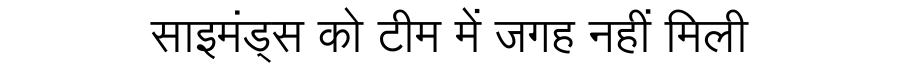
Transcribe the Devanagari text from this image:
साइमंड्स को टीम में जगह नहीं मिली